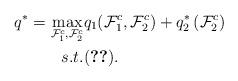
LaTeX: \begin{align*}q^*=\max_{\mathcal F_1^c, \mathcal F_2^c} &q_{1}(\mathcal F_1^c, \mathcal F_2^c)+q_{2}^*\left(\mathcal F_2^c\right)\\s.t. & \eqref{eqn:cache-constr}.\end{align*}